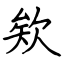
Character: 欸